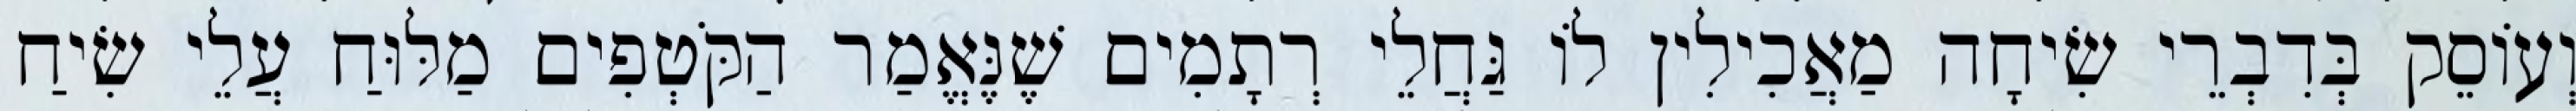
וְעוֹסֵק בְּדִבְרֵי שִׂיחָה מַאֲכִילִין לוֹ גַּחֲלֵי רְתָמִים שֶׁנֶּאֱמַר הַקֹּטְפִים מַלּוּחַ עֲלֵי שִׂיחַ